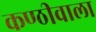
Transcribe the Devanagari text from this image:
कण्ठीवाला